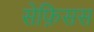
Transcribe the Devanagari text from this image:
सेफ़िसस